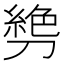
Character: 㔃